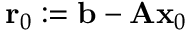
\mathbf { r } _ { 0 } : = \mathbf { b } - \mathbf { A x } _ { 0 }